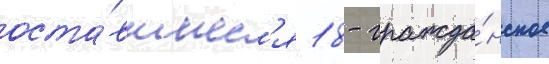
оста́вшиес'я 18 - гражда́нское